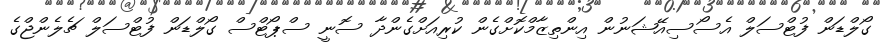
ގޯލްޑަން ފުޓްސަލް އެސޯސިއޭޝަނުން އިންތިޒާމްކޮށްގެން ކުރިއަށްގެންދާ ސޮނީ ސްޕޯޓްސް ގޯލްޑަން ފުޓްސަލް ޗެލެންޖްގެ